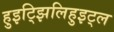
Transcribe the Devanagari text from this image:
हुइट्झिलिहुइट्ल